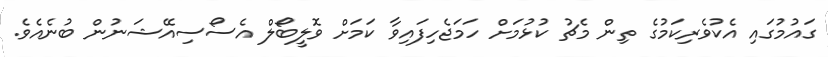
ގައުމުގައި އެކުވެރިކަމުގެ ތިން މެޗު ކުޅުމަށް ހަމަޖެހިފައިވާ ކަމަށް ވޮލީބޯލް އެސޯސިއޭޝަނުން ބުނެއެވެ.